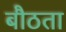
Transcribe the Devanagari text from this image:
बौठता